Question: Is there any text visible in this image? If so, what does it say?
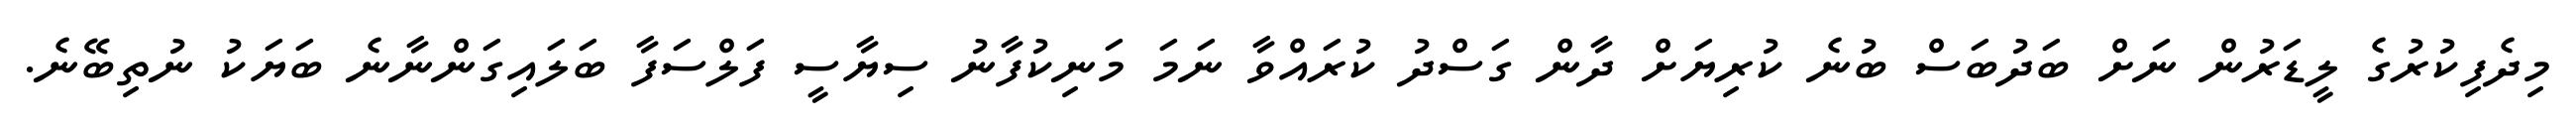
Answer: މިދެފިކުރުގެ ލީޑަރުން ނަށް ބަދުބަސް ބުނެ ކުރިޔަށް ދާން ގަސްދު ކުރައްވާ ނަމަ މަނިކުފާނު ސިޔާސީ ފަލްސަފާ ބަލައިގަންނާނެ ބަޔަކު ނުތިބޭނެ.